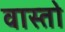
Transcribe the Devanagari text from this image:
वास्तो